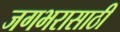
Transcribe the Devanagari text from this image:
जगभरासाठी